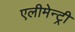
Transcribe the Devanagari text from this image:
एलीमेन्ट्री